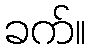
ခက်။